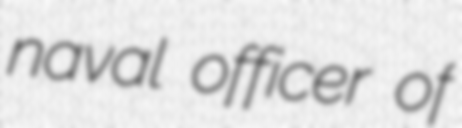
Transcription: naval officer of